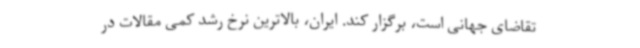
تقاضای جهانی است، برگزار کند. ایران، بالاترین نرخ رشد کمی مقالات در